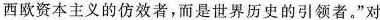
西欧资本主义的仿效者，而是世界历史的引领者。”对